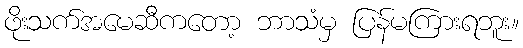
ဖိုးသက်အမေဆီကတော့ ဘာသံမှ ပြန်မကြားရဘူး။